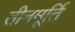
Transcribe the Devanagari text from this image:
तीनमूर्ति